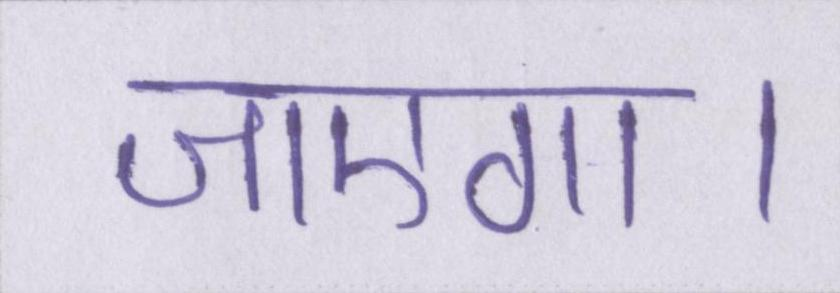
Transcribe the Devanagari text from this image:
जाएगा।